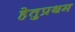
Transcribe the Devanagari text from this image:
हेतुप्रथम